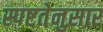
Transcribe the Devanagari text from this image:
स्पष्टतेनुसार